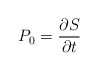
\begin{align*}P_0=\frac{\partial S}{\partial t} \end{align*}